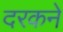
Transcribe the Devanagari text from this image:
दरकने